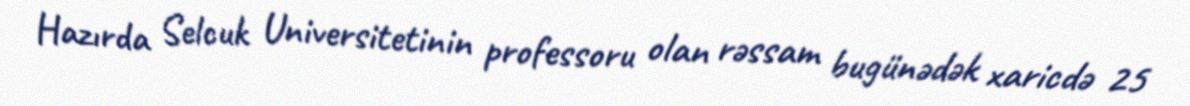
Hazırda Selcuk Universitetinin professoru olan rəssam bugünədək xaricdə 25